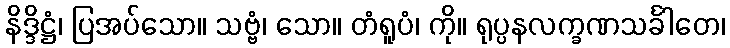
နိဒ္ဒိဋ္ဌံ၊ ပြအပ်သော။ သဗ္ဗံ၊ သော။ တံရူပံ၊ ကို။ ရုပ္ပနလက္ခဏသင်္ခါတေ၊